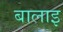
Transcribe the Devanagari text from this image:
बालाइ